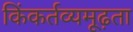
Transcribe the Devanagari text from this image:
किंकर्तव्यमूढ़ता